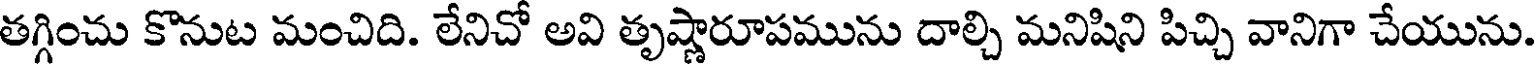
తగ్గించు కొనుట మంచిది. లేనిచో అవి తృష్ణారూపమును దాల్చి మనిషిని పిచ్చి వానిగా చేయును.